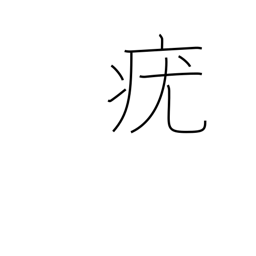
Meaning: wart